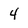
Character: 4